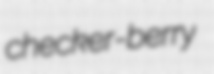
checker-berry